Lunatic asylums Madras 1877-1891 - 1877-1891
Year: 1877
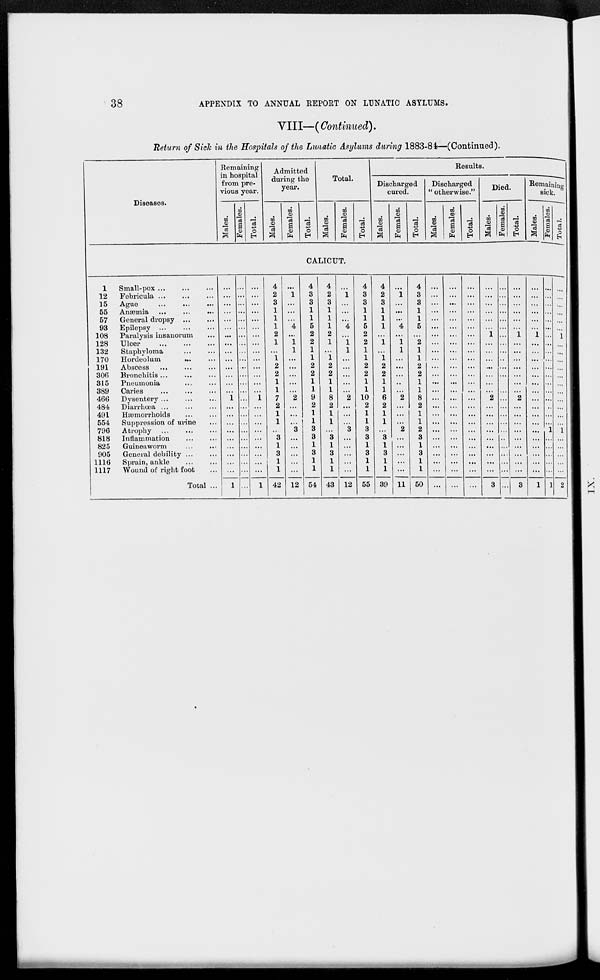
38
APPENDIX TO ANNUAL REPORT ON LUNATIC ASYLUMS.
VIII—( Continued).
Return of Sick in the Hospitals of the Lunatic Asylums during 1883-84—(Continued).
Diseases.
Remaining
in hospital
from pre-
vious year.
Males.
Females.
Total.
Admitted
during the
year.
Males.
Females.
Total.
Total.
Males.
Females.
Total.
Results.
Discharged
cured.
Males.
Females.
Total.
Discharged
" otherwise."
Males.
Females.
Total.
Died.
Males.
Females.
Total.
Remaining
sick.
Males.
Females.
Total.
CALICUT.
1
12
15
55
57
93
108
128
132
170
191
306
315
389
466
484
491
554
796
818
825
905
1116
1117
Small-pox ... ... ...
Febricula ... ... ...
Ague
...
... ...
Anæmia ... ... ...
General dropsy ... ...
Epilepsy ... ... ...
Paralysis insanorum ...
Ulcer ... ... ...
Staphyloma ... ...
Hordeolum ... ...
Abscess ... ... ...
Bronchitis ... ... ...
Pneumonia ... ...
Caries
...
...
...
Dysentery ... ... ...
Diarrhœa ... ... ...
Hæmorrhoids ... ...
Suppression of urine ...
Atrophy ... ... ...
Inflammation ... ...
Guineaworm ... ...
General debility ... ...
Sprain, ankle ... ...
Wound of right foot ...
Total ...
...
...
...
...
...
...
...
...
...
...
...
...
...
1
...
...
...
...
...
...
...
...
...
1
...
...
...
...
...
...
...
...
...
...
...
...
...
...
...
...
...
...
...
...
...
...
...
...
...
...
...
...
...
...
...
...
...
...
...
...
...
1
...
...
...
...
...
...
...
...
...
1
4
2
3
1
1
1
2
1
...
1
2
2
1
1
7
2
1
1
...
3
1
3
1
1
42
...
1
...
...
...
4
...
1
1
...
...
...
...
...
2
...
...
...
3
...
...
...
...
...
12
4 3
3
1
1
5
2
2
1
1
2
2
1
1
9
2
1
1
3
3
1
3
1
1
54
4
2
3
1
1
1
2
1
...
1
2
2
1
1
8
2
1
1
...
3
1
3
1
1
43
...
1
...
...
...
4
...
1
1
...
...
...
...
...
2
...
...
...
3
...
...
...
...
...
12
4
3
3
1
1
5
2
2
1
1
2
2
1
1
10
2
1
1
3
3
1
3
1
1
55
4
2
3
1
1
1
...
1
...
1
2
2
1
1
6
2
1
1
...
3
1
3
1
1
39
...
1
...
...
...
4
...
1
1
...
...
...
...
...
2
...
...
...
2
...
...
...
...
...
11
4
3
3
1
1
5
...
2
1
1
2
2
1
1
8
2
1
1
2
3
1
3
1
1
50
...
...
...
...
...
...
...
...
...
...
...
...
...
...
...
...
...
...
...
...
...
...
...
...
...
...
...
...
...
...
...
...
...
...
...
...
...
...
...
...
...
...
...
...
...
...
...
...
...
...
...
...
...
...
...
...
...
...
...
...
...
...
...
...
...
...
...
...
...
...
...
...
...
...
...
...
...
1
...
...
...
...
...
...
...
2
...
...
...
...
...
...
...
...
...
3
...
...
...
...
...
...
...
...
...
...
...
...
...
...
...
...
...
...
...
...
...
...
...
...
...
...
...
...
...
1
...
...
...
...
...
...
...
2
...
...
...
...
...
...
...
...
...
3
...
...
...
...
...
1
...
...
...
...
...
...
...
...
...
...
...
...
...
...
...
...
...
1
...
...
...
...
...
...
...
...
...
...
...
...
...
...
...
...
...
1
...
...
...
...
...
1
...
...
...
...
...
1
...
...
...
...
...
...
...
...
...
...
...
1
...
...
...
...
...
2